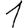
Digit: 1